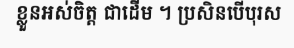
ខ្លួនអស់ចិត្ត ជាដើម ។ ប្រសិនបើបុរស